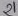
Text: 21